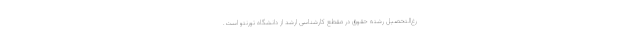
رغ‌التحصیل رشته حقوق در مقطع کارشناسی ارشد از دانشگاه تورنتو است.